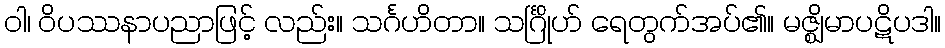
ဝါ၊ ဝိပဿနာပညာဖြင့် လည်း။ သင်္ဂဟိတာ။ သင်္ဂြိုဟ် ရေတွက်အပ်၏။ မဇ္ဈိမာပဋိပဒါ။